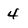
Character: 4